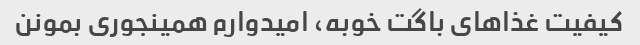
کیفیت غذاهای باگت خوبه، امیدوارم همینجوری بمونن